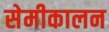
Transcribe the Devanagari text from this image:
सेमीकालन